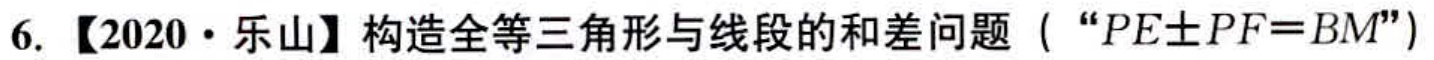
6. 【2020·乐山】构造全等三角形与线段的和差问题（“\(PE\pm PF = BM\)”）